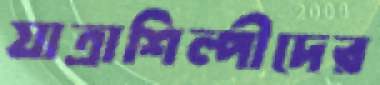
যাত্রাশিল্পীদের